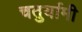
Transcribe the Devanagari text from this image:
चतुर्यामी